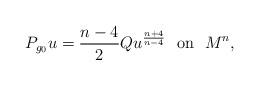
LaTeX: \begin{align*}P_{g_0} u=\frac{n-4}{2}Q u^{n+4 \over n-4} \hbox{~~on~~} M^n,\end{align*}